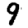
Digit: 9